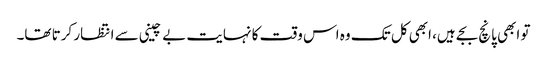
تو ابھی پانچ بجے ہیں، ابھی کل تک وہ اس وقت کا نہایت بے چینی سے انتظار کرتا تھا۔